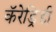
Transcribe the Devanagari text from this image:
कॅरेड्रिडी